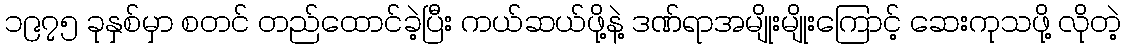
၁၉၇၅ ခုနှစ်မှာ စတင် တည်ထောင်ခဲ့ပြီး ကယ်ဆယ်ဖို့နဲ့ ဒဏ်ရာအမျိုးမျိုးကြောင့် ဆေးကုသဖို့ လိုတဲ့